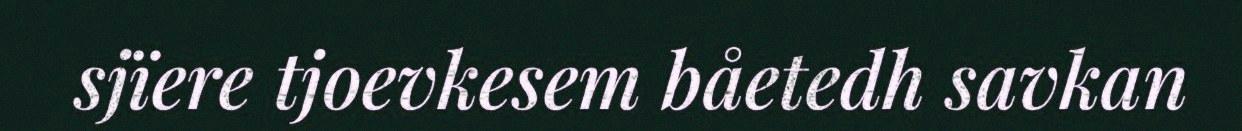
sjïere tjoevkesem båetedh savkan